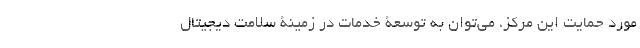
مورد حمایت این مرکز، می‌توان به توسعۀ خدمات در زمینۀ سلامت دیجیتال